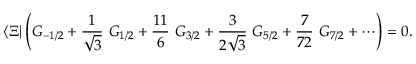
\langle \Xi | \left( G _ { - 1 / 2 } + \frac { 1 } { \sqrt { 3 } } \ G _ { 1 / 2 } + \frac { 1 1 } { 6 } \ G _ { 3 / 2 } + \frac { 3 } { 2 \sqrt { 3 } } \ G _ { 5 / 2 } + \frac { 7 } { 7 2 } \ G _ { 7 / 2 } + \cdots \right) = 0 .